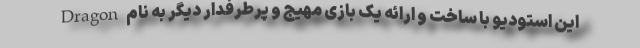
این استودیو با ساخت و ارائه یک بازی مهیج و پرطرفدار دیگر به نام Dragon